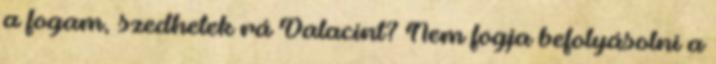
a fogam, szedhetek rá Dalacint? Nem fogja befolyásolni a